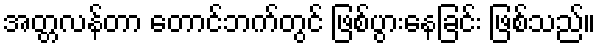
အတ္တလန်တာ တောင်ဘက်တွင် ဖြစ်ပွားနေခြင်း ဖြစ်သည်။